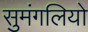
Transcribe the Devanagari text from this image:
सुमंगलियो